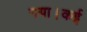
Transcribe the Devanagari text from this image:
गया।कई